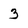
Character: 3